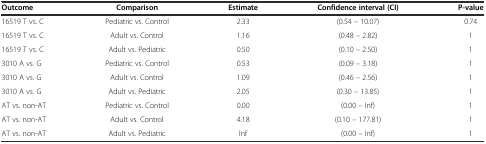
<table><thead><tr><td><b>Outcome</b></td><td><b>Comparison</b></td><td><b>Estimate</b></td><td><b>Confidence interval (CI)</b></td><td><b>P-value</b></td></tr></thead><tbody><tr><td>16519 T vs. C</td><td>Pediatric vs. Control</td><td>2.33</td><td>(0.54 – 10.07)</td><td>0.74</td></tr><tr><td>16519 T vs. C</td><td>Adult vs. Control</td><td>1.16</td><td>(0.48 – 2.82)</td><td>1</td></tr><tr><td>16519 T vs. C</td><td>Adult vs. Pediatric</td><td>0.50</td><td>(0.10 – 2.50)</td><td>1</td></tr><tr><td>3010 A vs. G</td><td>Pediatric vs. Control</td><td>0.53</td><td>(0.09 – 3.18)</td><td>1</td></tr><tr><td>3010 A vs. G</td><td>Adult vs. Control</td><td>1.09</td><td>(0.46 – 2.56)</td><td>1</td></tr><tr><td>3010 A vs. G</td><td>Adult vs. Pediatric</td><td>2.05</td><td>(0.30 – 13.85)</td><td>1</td></tr><tr><td>AT vs. non-AT</td><td>Pediatric vs. Control</td><td>0.00</td><td>(0.00 – Inf)</td><td>1</td></tr><tr><td>AT vs. non-AT</td><td>Adult vs. Control</td><td>4.18</td><td>(0.10 – 177.81)</td><td>1</td></tr><tr><td>AT vs. non-AT</td><td>Adult vs. Pediatric</td><td>Inf</td><td>(0.00 – Inf)</td><td>1</td></tr></tbody></table>